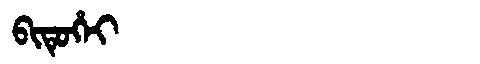
Manchu: ᠪᡳᡨᡠᡥᡝᡳ
Romanization: BITUHEI